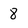
Character: 8